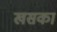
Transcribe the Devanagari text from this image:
खसका